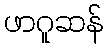
ဖာဂူဆန်